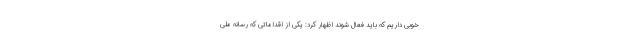
خوبی داریم که باید فعال شوند اظهار کرد: یکی از اقداماتی که رسانه ملی